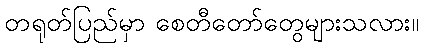
တရုတ်ပြည်မှာ စေတီတော်တွေများသလား။